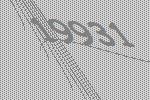
19931